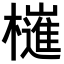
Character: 𣝤